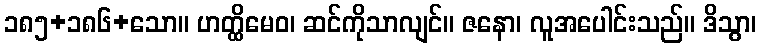
၁၈၅+၁၈၆+သော။ ဟတ္ထိမေဝ၊ ဆင်ကိုသာလျင်။ ဇနော၊ လူအပေါင်းသည်။ ဒိသွာ၊